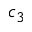
c _ { 3 }